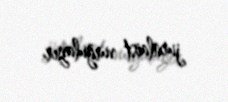
jurnlaist vurğulayır.